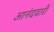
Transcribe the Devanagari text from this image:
आनंदवारी